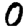
Digit: 0